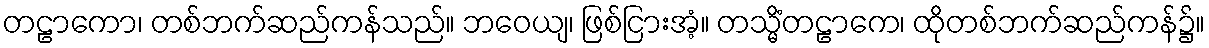
တဠာကော၊ တစ်ဘက်ဆည်ကန်သည်။ ဘဝေယျ၊ ဖြစ်ငြားအံ့။ တသ္မိံတဠာကေ၊ ထိုတစ်ဘက်ဆည်ကန်၌။